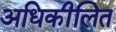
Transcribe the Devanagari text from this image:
अधिकीलित